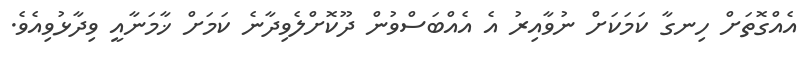
އެއްގޮތަށް ހިނގާ ކަމަކަށް ނުވާއިރު އެ އެއްބަސްވުން ދޫކޮށްލެވިދާނެ ކަމަށް ޚާމަނާއީ ވިދާޅުވިއެވެ.